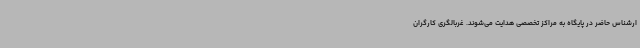
ارشناس حاضر در پایگاه به مراکز تخصصی هدایت می‌شوند. غربالگری کارگران